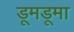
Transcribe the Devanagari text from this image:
डूमडूमा